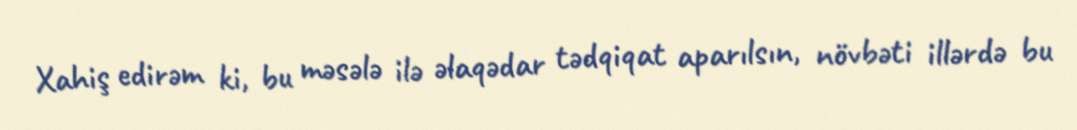
Xahiş edirəm ki, bu məsələ ilə əlaqədar tədqiqat aparılsın, növbəti illərdə bu